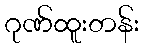
ဂုဏ်ထူးတန်း